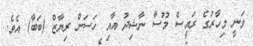
ވަނީ މިހާރުގެ ރައީސް މޫސާ ނާޝިދު އާއި ހަސަން ރިޔާޒް (ބަބާ) އެވެ.